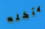
يأكله